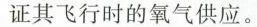
证其飞行时的氧气供应。